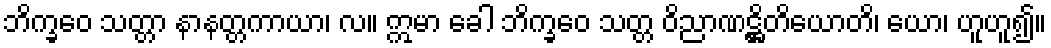
ဘိက္ခဝေ သတ္တာ နာနတ္တကာယာ၊ လ။ ဣမာ ခေါ ဘိက္ခဝေ သတ္တ ဝိညာဏဋ္ဌိတိယောတိ၊ ယော၊ ဟူဟူ၍။